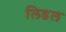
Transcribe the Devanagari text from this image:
लिडल